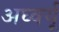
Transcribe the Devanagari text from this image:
अघ्वर्यू